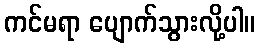
ကင်မရာ ပျောက်သွားလို့ပါ။